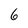
Character: 6